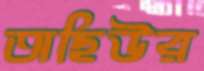
অছিউর